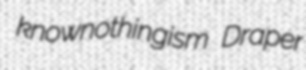
knownothingism Draper